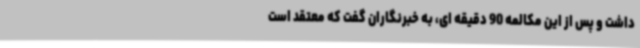
داشت و پس از این مکالمه 90 دقیقه ای، به خبرنگاران گفت که معتقد است